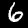
Label: 6